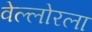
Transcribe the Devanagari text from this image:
वेल्लोरला